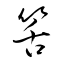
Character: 筈